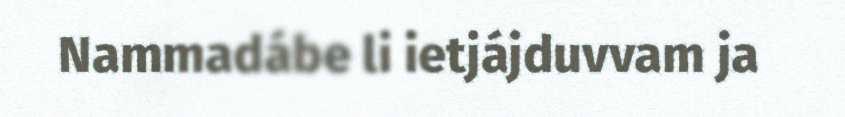
Nammadábe li ietjájduvvam ja